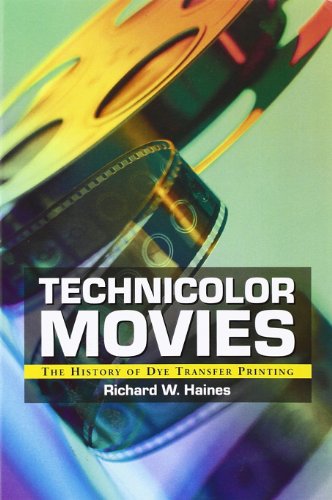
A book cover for Technicolor Movies: The History of Dye Transfer Printing; Richard W. Haines; Humor & Entertainment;